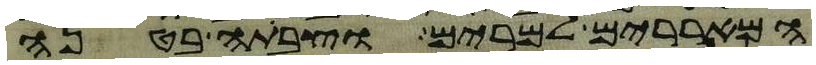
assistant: המאררים למרים וצבתה בטנה